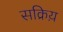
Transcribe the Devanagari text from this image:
सक्रिय़